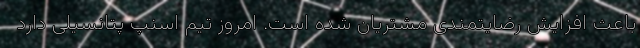
باعث افزایش رضایتمندی مشتریان شده است. امروز تیم اسنپ پتانسیلی دارد